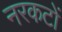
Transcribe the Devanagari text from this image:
नरकटों